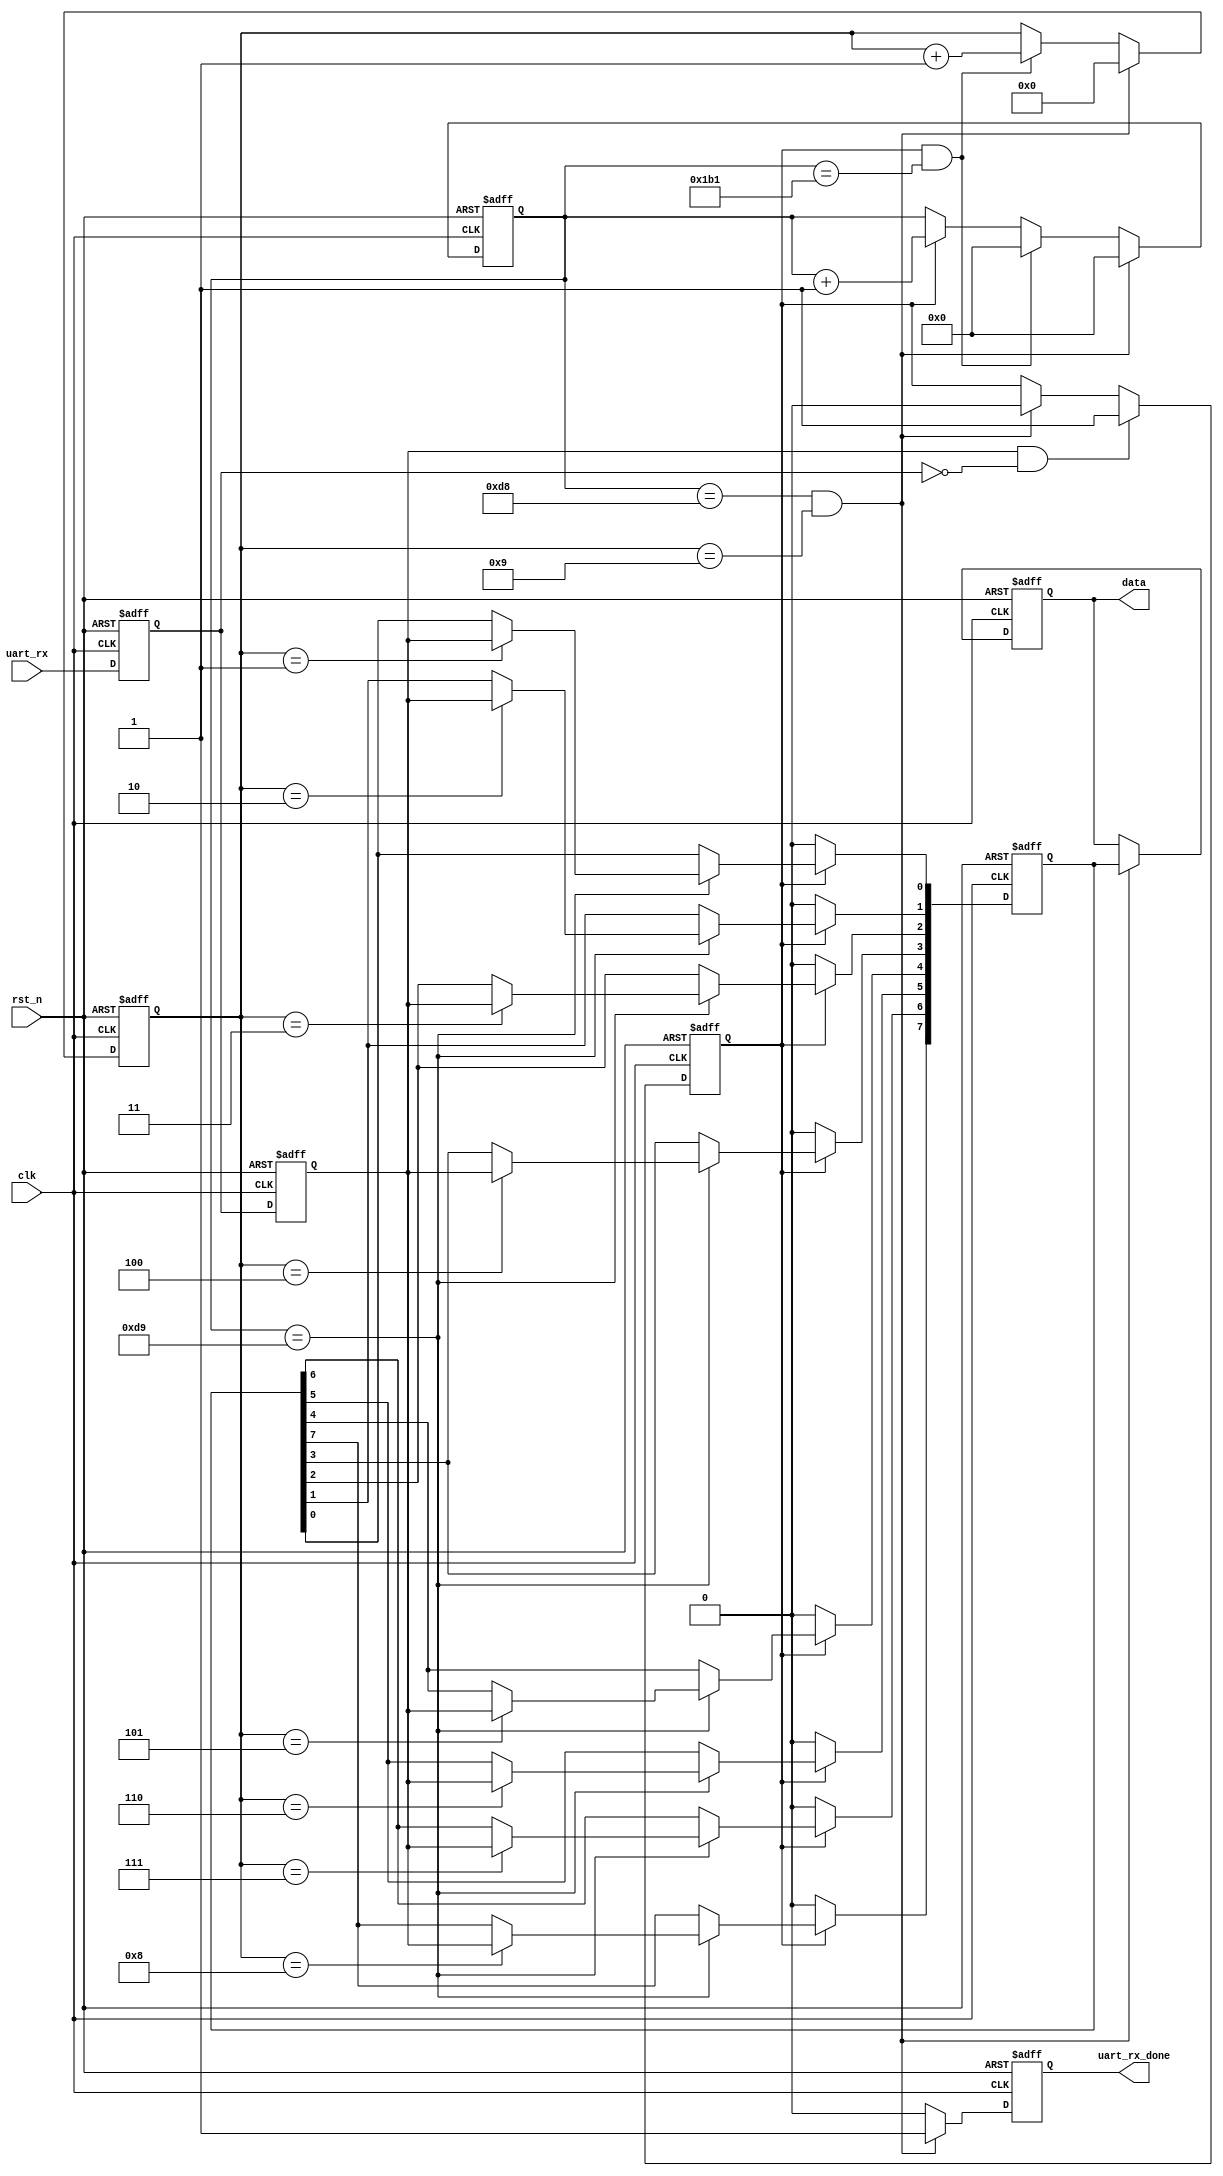
//***************************************************************************
//PCFPGA
//	:9600 8,
//FPGA()
//:Ray
//:2021-4-24
//***************************************************************************
module uart_rx(
 input            clk,
 input            rst_n,
 input            uart_rx,
 output reg       uart_rx_done,		//,
 output reg	[7:0] data					//
 );
 
   
parameter  CLK_FREQ = 50000000;                 
parameter  UART_BPS = 115200;      //                
localparam PERIOD   = CLK_FREQ/UART_BPS;        
                                              
 
//
reg [7:0] rx_data; 
 
 
reg       rx1,rx2;
wire      start_bit;
reg       start_flag;
 
 reg   [15:0]   cnt0;
 wire           add_cnt0;
 wire           end_cnt0;
 
 reg   [3:0]    cnt1;
 wire           add_cnt1;
 wire           end_cnt1;
 
 
 // 
assign  start_bit=(rx2)&(~rx1);
always  @(posedge clk or negedge rst_n)begin
    if(rst_n==1'b0)begin
         rx1<=1'b0;
         rx2<=1'b0; 
    end
    else begin
         rx1<=uart_rx;
         rx2<=rx1;
    end
end
//
always  @(posedge clk or negedge rst_n)begin
    if(rst_n==1'b0)begin
        start_flag<=0;
    end
    else if(start_bit) begin
        start_flag<=1;
    end
    else if(end_cnt1) begin
        start_flag<=0;
    end
end
 
always @(posedge clk or negedge rst_n)begin
    if(!rst_n)begin
        cnt0 <= 0;
    end
	 else if(end_cnt1) begin
	     cnt0 <= 0;
	 end
	 else if(end_cnt0) begin
	     cnt0 <= 0;
	 end
    else if(add_cnt0)begin
        cnt0 <= cnt0 + 1;
    end
end
assign add_cnt0 = start_flag;       
assign end_cnt0 = add_cnt0 && cnt0==PERIOD-1;
 
 
always @(posedge clk or negedge rst_n)begin
    if(!rst_n)begin
        cnt1 <= 0;
    end
	 else if(end_cnt1) begin
	     cnt1 <= 0;
	 end
    else if(add_cnt1)begin
        cnt1 <= cnt1 + 1;
    end
end
 
assign add_cnt1 = end_cnt0 ;    
assign end_cnt1 = (cnt0==((PERIOD-1)/2))&& (cnt1==10-1) ;  
 
//
always  @(posedge clk or negedge rst_n)begin
      if(rst_n==1'b0)begin
         rx_data<=8'd0;
      end
      else if(start_flag) begin
		  if(cnt0== PERIOD/2)begin
           case(cnt1)
            4'd1:rx_data[0]<=rx2;
            4'd2:rx_data[1]<=rx2;
            4'd3:rx_data[2]<=rx2;
            4'd4:rx_data[3]<=rx2;
            4'd5:rx_data[4]<=rx2;
            4'd6:rx_data[5]<=rx2;
            4'd7:rx_data[6]<=rx2;
            4'd8:rx_data[7]<=rx2;
		    default:rx_data<=rx_data;   
          endcase
        end
        else begin
            rx_data<=rx_data;
        end
     end
     else begin
         rx_data<=8'd0;
     end   
  end 
  //
 always  @(posedge clk or negedge rst_n)begin
      if(rst_n==1'b0)begin
           data<=0;
      end
      else if(end_cnt1)begin
          data<=rx_data;
      end  
  end
  
  //
 always  @(posedge clk or negedge rst_n)begin
     if(rst_n==1'b0)begin
         uart_rx_done<=0;
     end
     else if(end_cnt1)begin
         uart_rx_done<=1;
     end
     else begin
        uart_rx_done<=0;
     end
 end
endmodule